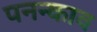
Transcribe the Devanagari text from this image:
पनन्काव